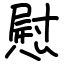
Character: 慰